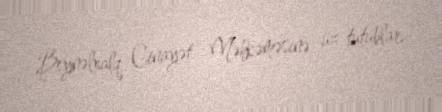
Beynəlxalq Cinayət Məhkəməsinə üz tutublar.